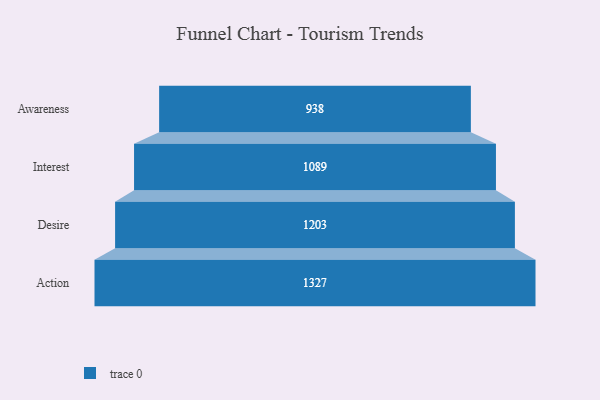
{"axis": {"x": "Stage", "y": "Value"}, "legend": [""], "data": [{"x": "Awareness", "y": 938.0, "type": ""}, {"x": "Interest", "y": 1089.0, "type": ""}, {"x": "Desire", "y": 1203.0, "type": ""}, {"x": "Action", "y": 1327.0, "type": ""}]}